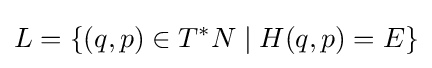
L=\{(q,p)\in T^{*}N\mid H(q,p)=E\}